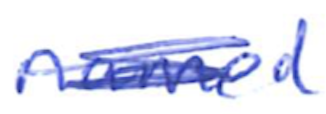
Text: named
Cross-out: scratch
Writing tool: ballpoint